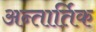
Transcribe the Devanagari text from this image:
अन्तार्तिक